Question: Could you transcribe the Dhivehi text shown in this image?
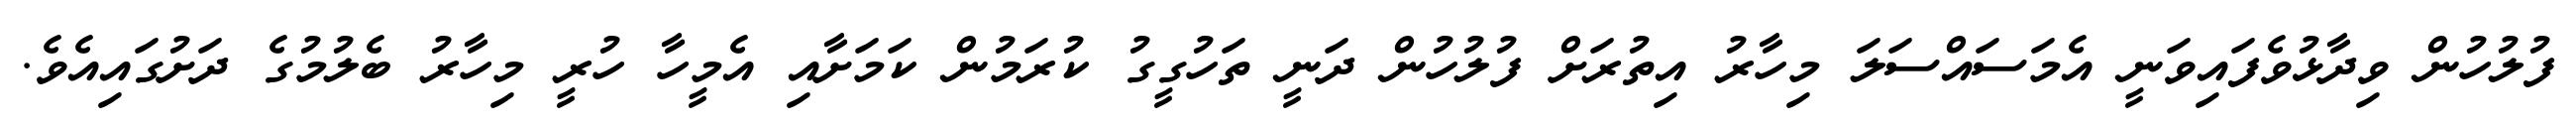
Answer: ފުލުހުން ވިދާޅުވެފައިވަނީ އެމަސައްސަލަ މިހާރު އިތުރަށް ފުލުހުން ދަނީ ތަހުގީގު ކުރަމުން ކަމަށާއި އެމީހާ ހުރީ މިހާރު ބެލުމުގެ ދަށުގައިއެވެ.